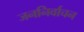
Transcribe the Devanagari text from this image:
जननिर्वाचन